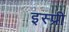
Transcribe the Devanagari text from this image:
इस्प्री